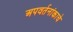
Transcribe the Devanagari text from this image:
अपवर्तनांकाचे